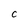
Character: C